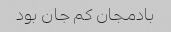
بادمجان کم جان بود